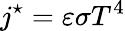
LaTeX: j^{\star}=\varepsilon\sigma T^{4}